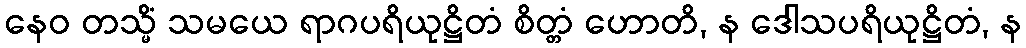
နေဝ တသ္မိံ သမယေ ရာဂပရိယုဋ္ဌိတံ စိတ္တံ ဟောတိ, န ဒေါသပရိယုဋ္ဌိတံ, န